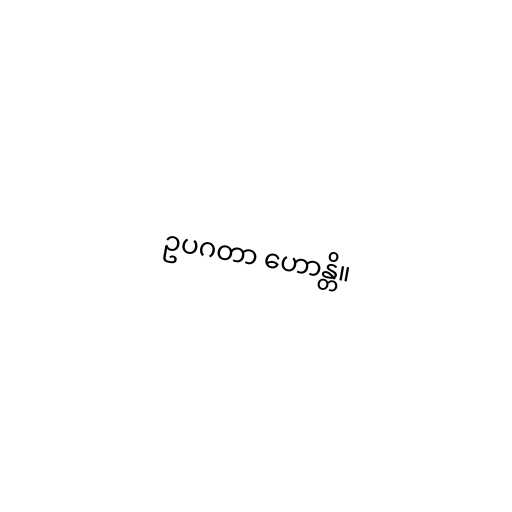
ဥပဂတာ ဟောန္တိ။